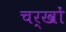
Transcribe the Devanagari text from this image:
चर्खों